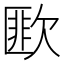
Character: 𣤆